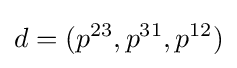
d=(p^{23},p^{31},p^{12})